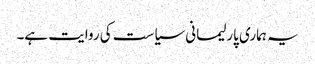
یہ ہماری پارلیمانی سیاست کی روایت ہے۔